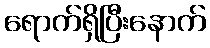
ရောက်ရှိပြီးနောက်